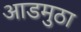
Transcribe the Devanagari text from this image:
आडमुठा